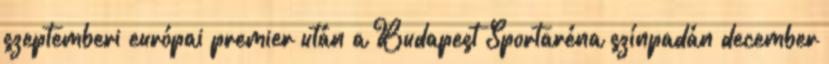
szeptemberi európai premier után a Budapest Sportaréna színpadán december